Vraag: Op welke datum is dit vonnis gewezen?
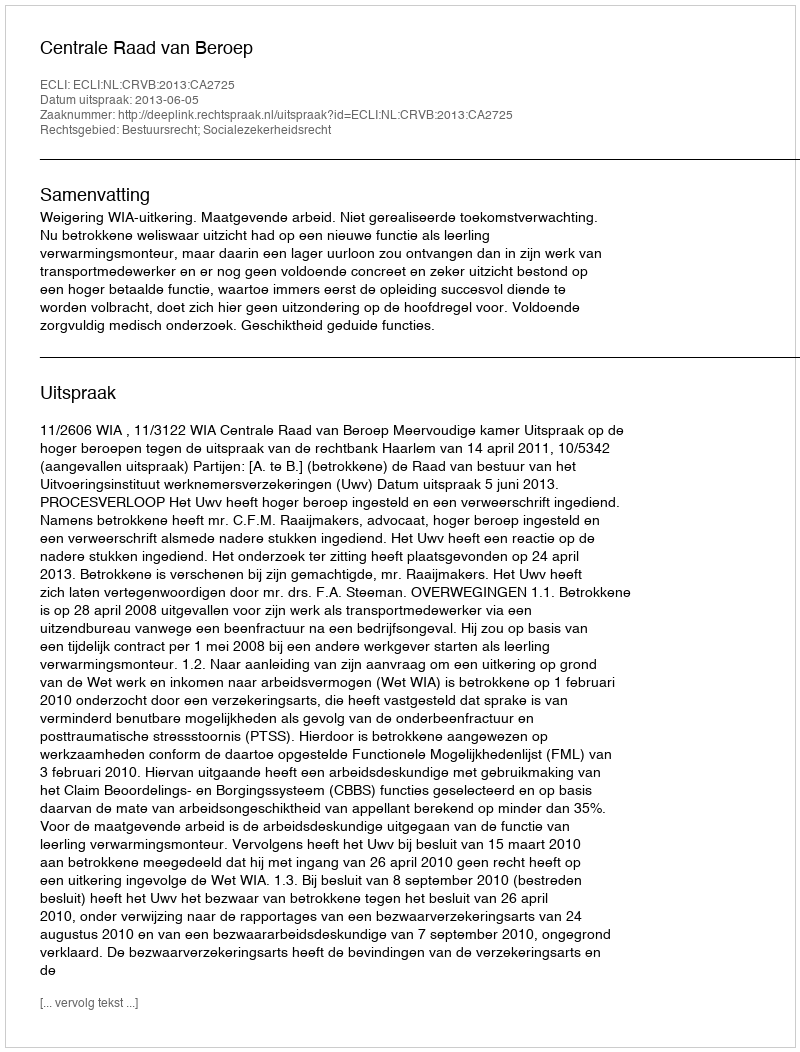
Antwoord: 2013-06-05